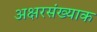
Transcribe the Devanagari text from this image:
अक्षरसंख्याक